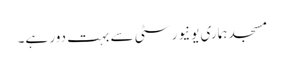
مسجد ہماری یونیورسٹی سے بہت دور ہے۔